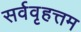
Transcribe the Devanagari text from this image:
सर्ववृहत्तम